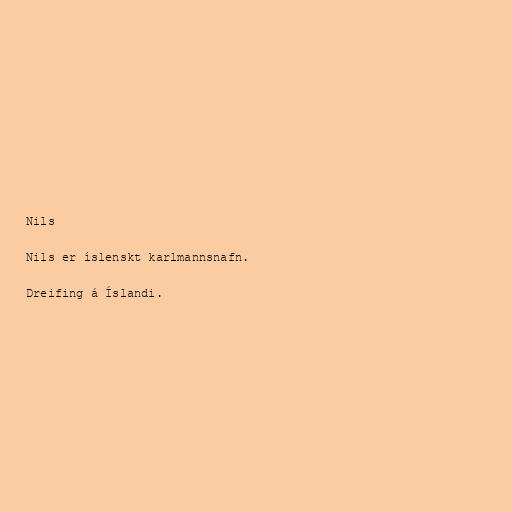
Nils

Nils er íslenskt karlmannsnafn.

Dreifing á Íslandi.